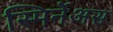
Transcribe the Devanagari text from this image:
स्मिर्नेअस